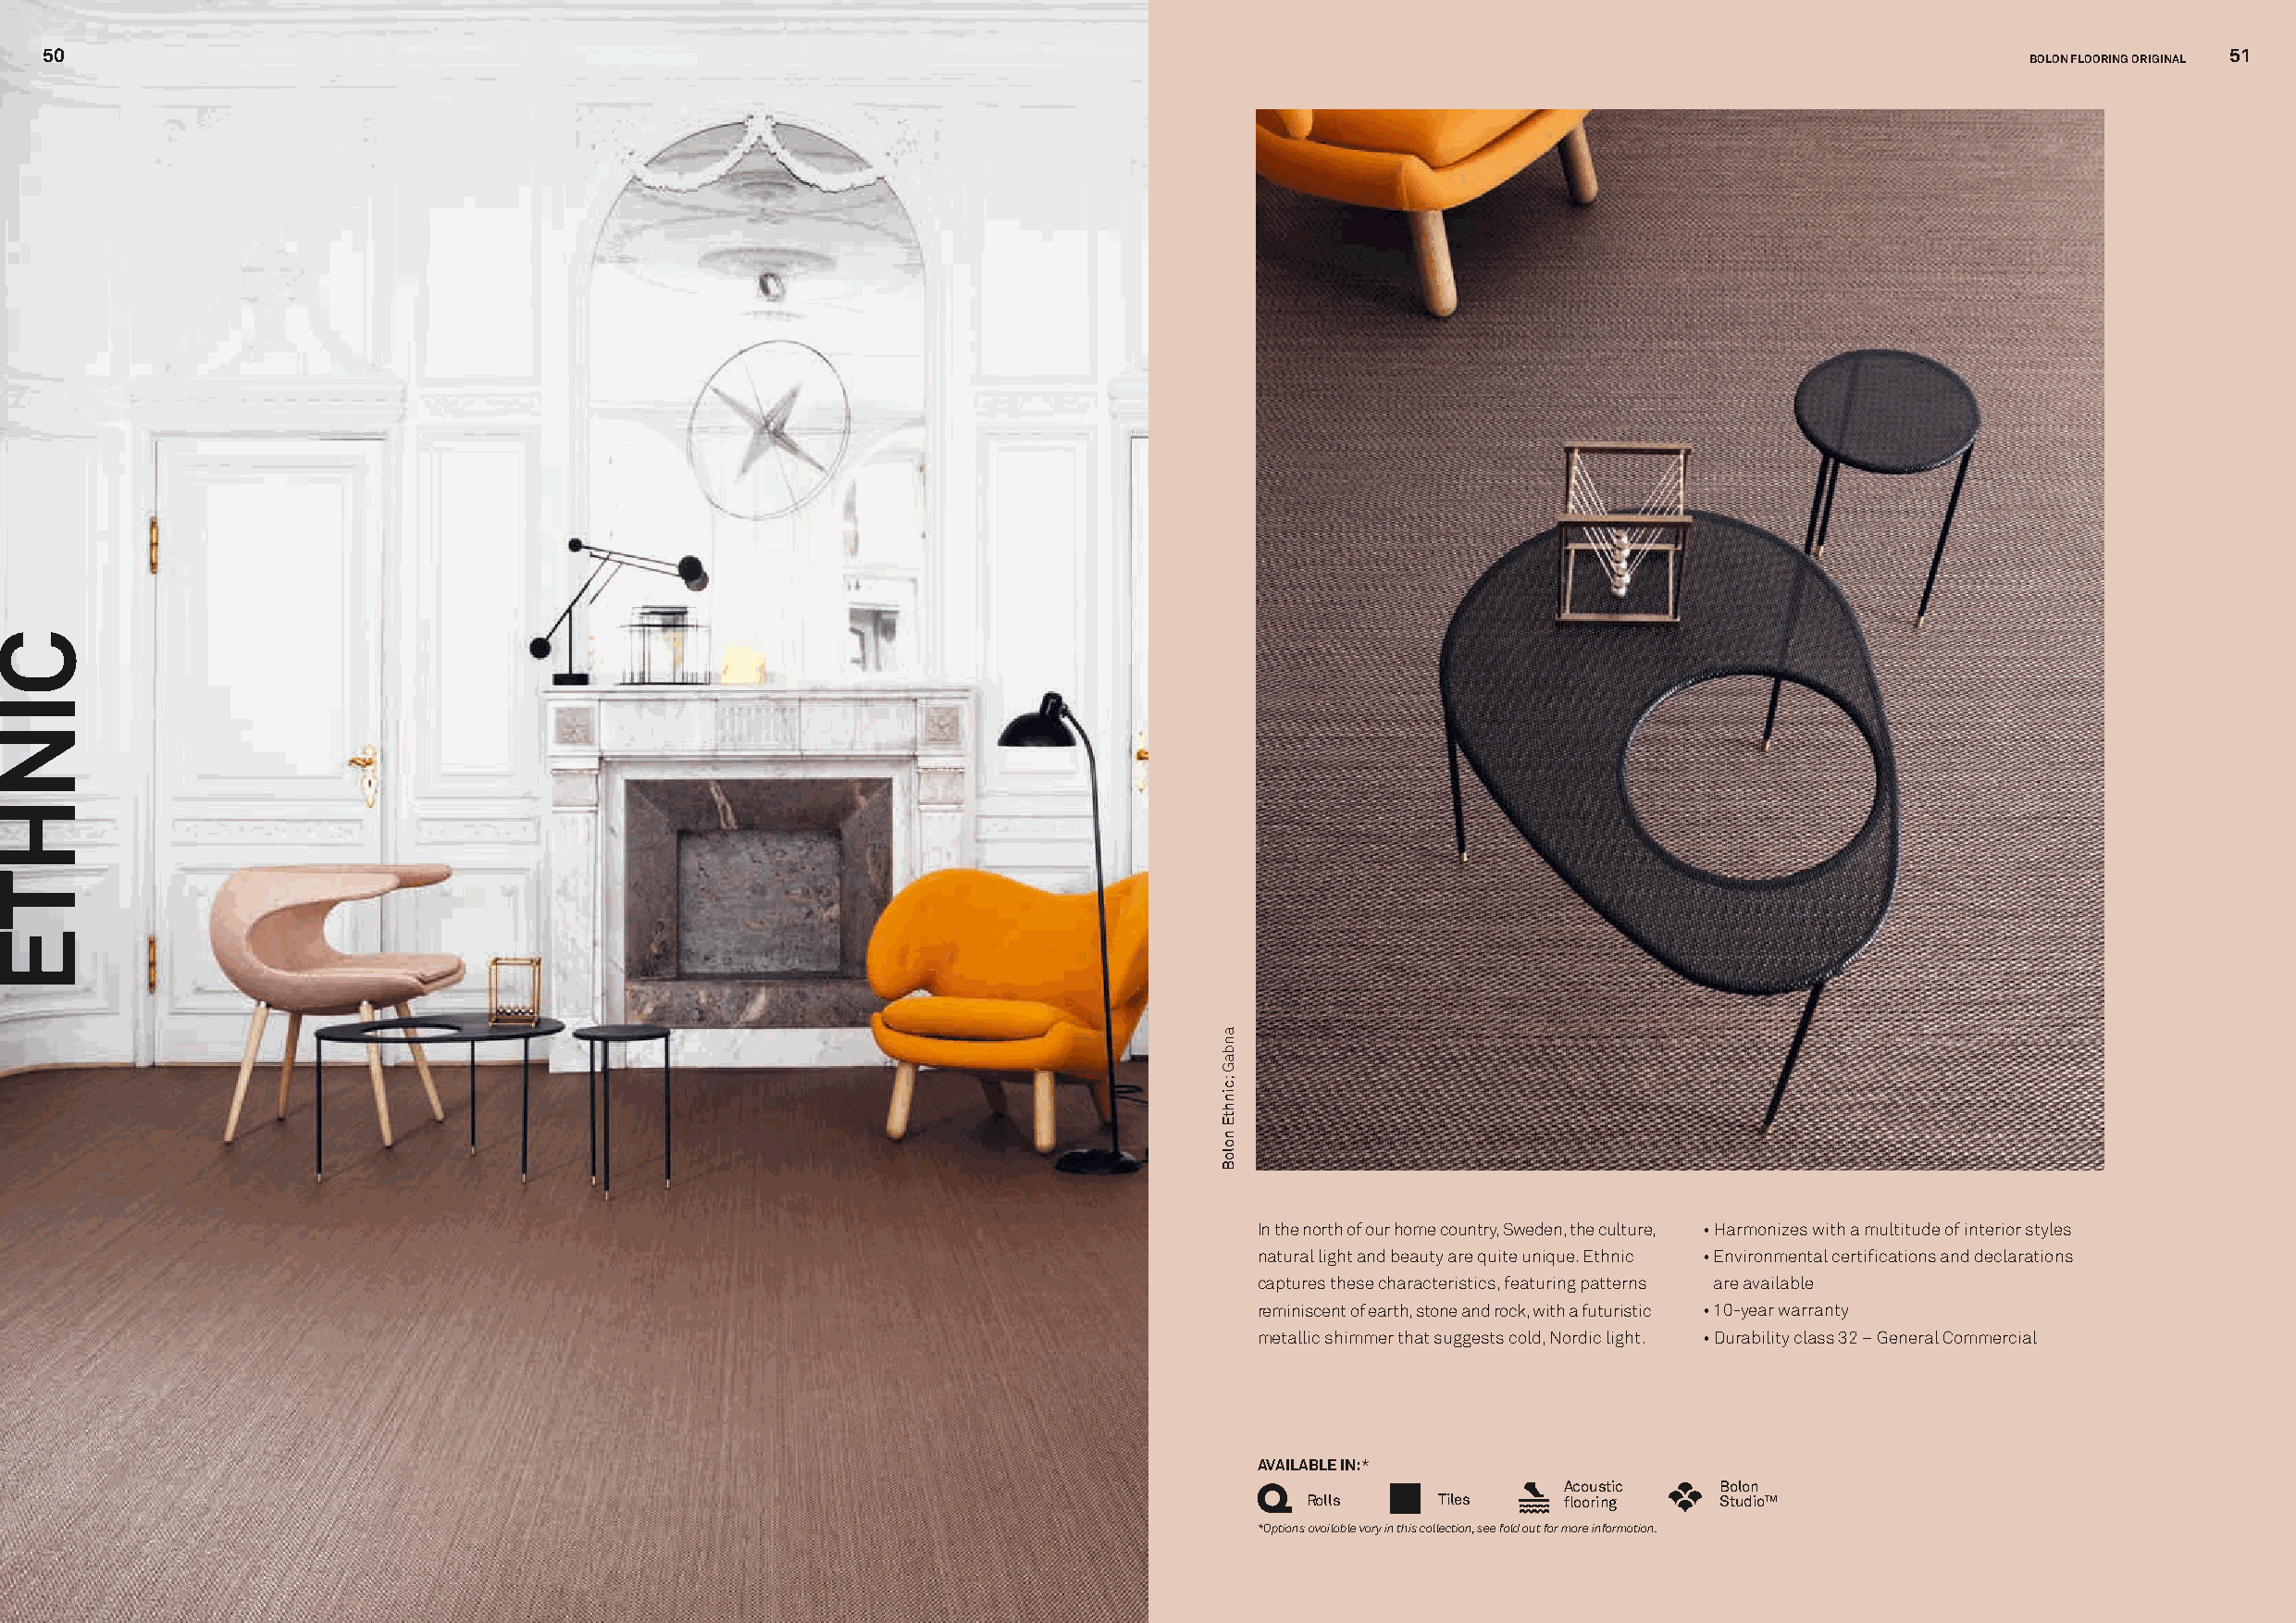
50                                                                                                                                                          51
 BOLON FLOORING ORIGINAL
 In the north of our home country, Sweden, the culture, • Harmonizes with a multitude of interior styles
 natural light and beauty are quite unique. Ethnic • Environmental certifications and declarations
 captures these characteristics, featuring patterns are available
 reminiscent of earth, stone and rock, with a futuristic • 10-year warranty
 metallic shimmer that suggests cold, Nordic light. • Durability class 32 – General Commercial
 AVAILABLE IN:*
 Acoustic   Bolon
 Rolls     Tiles    flooring   StudioTM
 *Options available vary in this collection, see fold out for more information.
 CINHTE
 anbaG
 ;cinhtE
 noloB